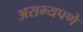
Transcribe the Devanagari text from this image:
असभ्यपणे